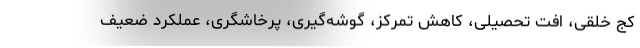
کج خلقی، افت تحصیلی، کاهش تمرکز،‌ گوشه‌گیری، پرخاشگری، عملکرد ضعیف